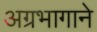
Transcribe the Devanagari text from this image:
अग्रभागाने